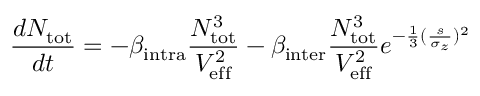
\frac { d N _ { \mathrm { { t o t } } } } { d t } = - \beta _ { \mathrm { { i n t r a } } } \frac { N _ { \mathrm { { t o t } } } ^ { 3 } } { V _ { \mathrm { { e f f } } } ^ { 2 } } - \beta _ { \mathrm { { i n t e r } } } \frac { N _ { \mathrm { { t o t } } } ^ { 3 } } { V _ { \mathrm { { e f f } } } ^ { 2 } } e ^ { - \frac { 1 } { 3 } ( \frac { s } { \sigma _ { z } } ) ^ { 2 } }